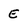
Character: E